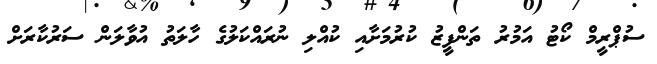
ސުޕްރީމް ކޯޓު އަމުރު ތަންފީޒު ކުރުމަށާއި ކުއްލި ނުރައްކަލުގެ ހާލަތު އުވާލަން ސަރުކާރަށް